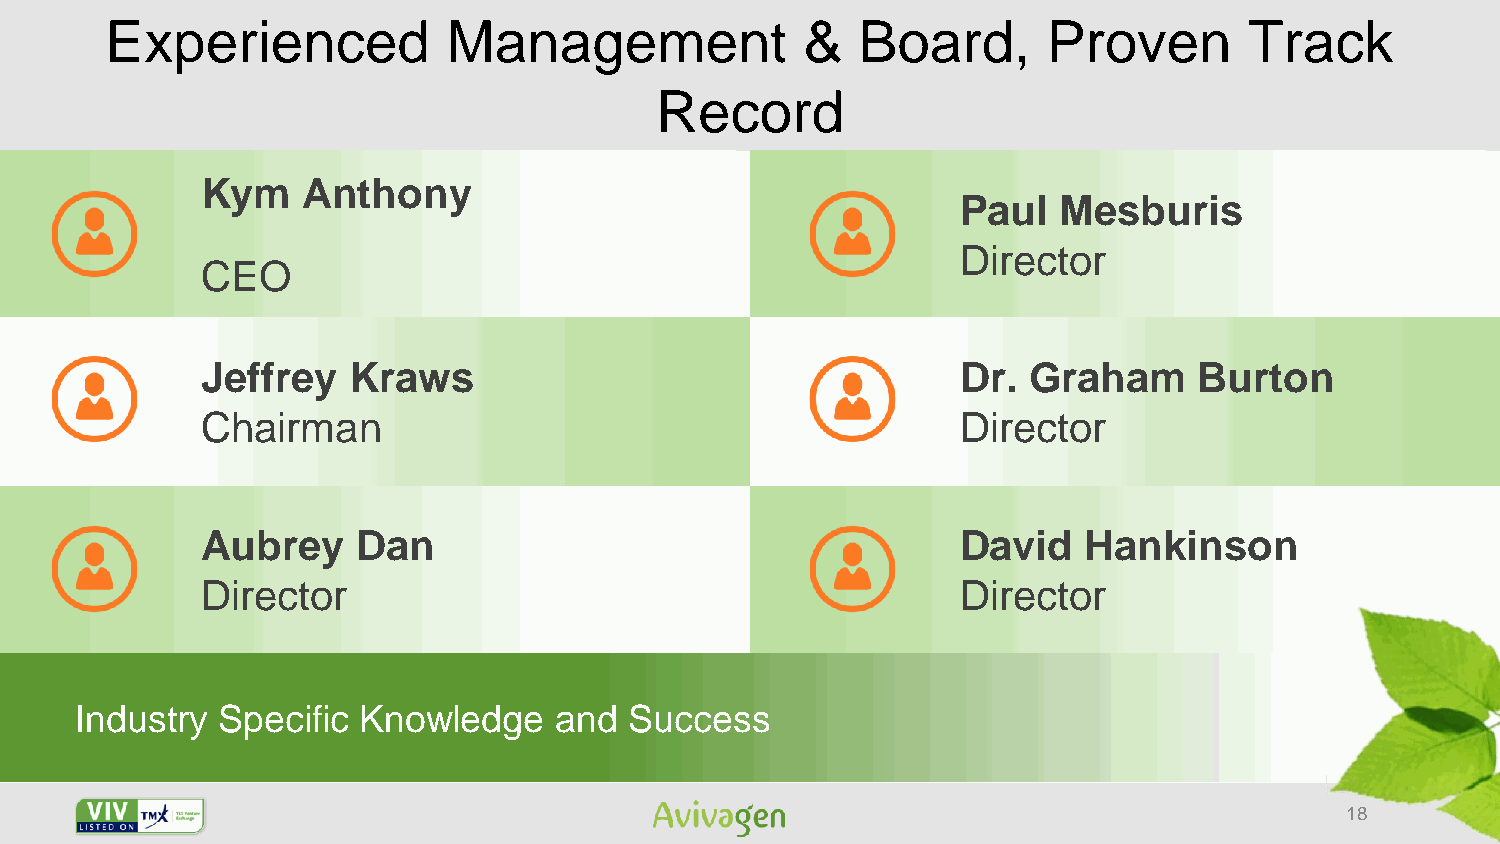
Experienced            Management             &   Board,      Proven        Track
 Record
 Kym    Anthony
 Paul  Mesburis
 Director
 CEO
 Jeffrey   Kraws                                    Dr. Graham     Burton
 Chairman                                           Director
 Aubrey     Dan                                     David   Hankinson
 Director                                           Director
 Industry Specific  Knowledge    and  Success
 18